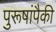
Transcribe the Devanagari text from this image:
पुरूषांपैकी